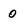
Character: 0